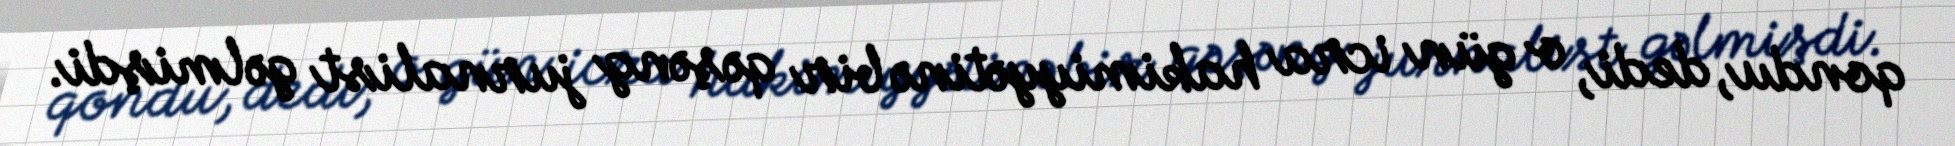
qondu, dedi, o gün icra hakimiyyətinə bir qəşəng jurnalist gəlmişdi.